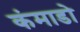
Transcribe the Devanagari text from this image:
कंमाडो